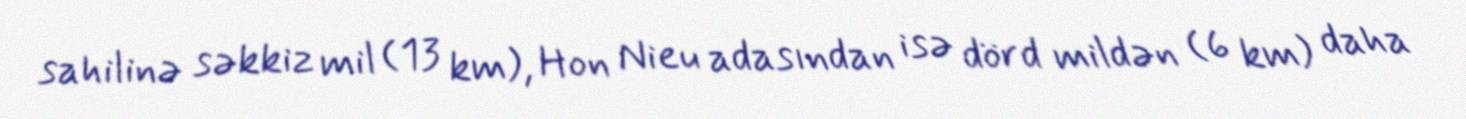
sahilinə səkkiz mil (13 km), Hon Nieu adasından isə dörd mildən (6 km) daha